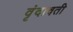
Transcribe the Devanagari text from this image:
वृंदावती